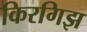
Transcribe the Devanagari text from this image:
किरगिझ